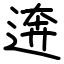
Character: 逩